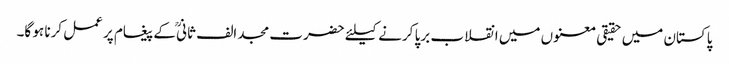
پاکستان میں حقیقی معنوں میں انقلاب برپا کرنے کیلئے حضرت مجد الف ثانیؒ کے پیغام پر عمل کرنا ہو گا۔